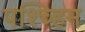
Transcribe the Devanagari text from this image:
पश्च्हिम